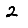
Digit: 2